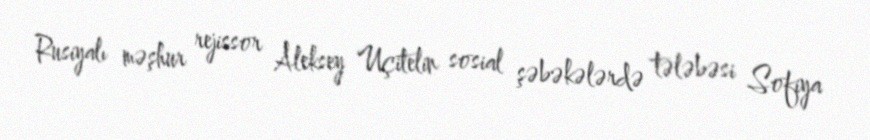
Rusiyalı məşhur rejissor Aleksey Uçitelin sosial şəbəkələrdə tələbəsi Sofiya